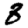
Digit: 8